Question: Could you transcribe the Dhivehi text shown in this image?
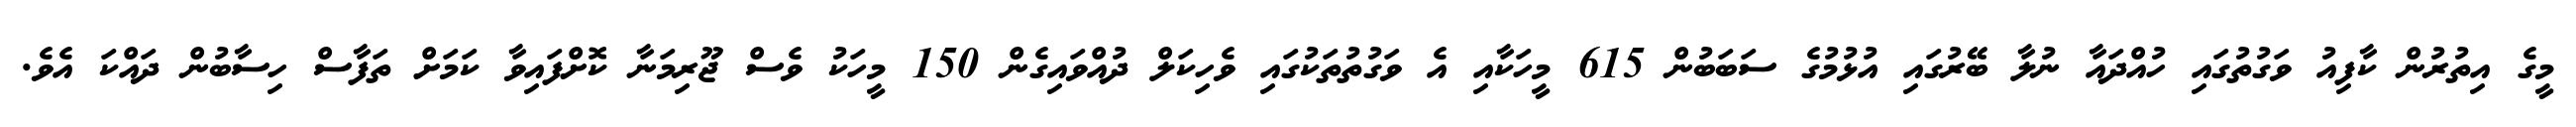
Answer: މީގެ އިތުރުން ކާފިއު ވަގުތުގައި ހުއްދައާ ނުލާ ބޭރުގައި އުޅުމުގެ ސަބަބުން 615 މީހަކާއި އެ ވަގުތުތަކުގައި ވެހިކަލް ދުއްވައިގެން 150 މީހަކު ވެސް ޖޫރިމަނާ ކޮށްފައިވާ ކަމަށް ތަފާސް ހިސާބުން ދައްކަ އެވެ.